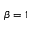
\beta = 1